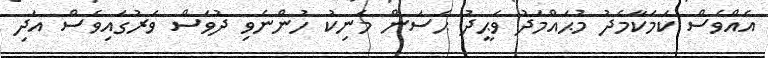
އެއްވެސް ކަމަކާމެދު މުޙައްމަދު ވަޙީދު ޙަސަން މަނިކު ހުންނެވި ދުވަސް ވަރުގައިވެސް އަދި